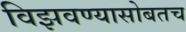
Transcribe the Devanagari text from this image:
विझवण्यासोबतच